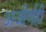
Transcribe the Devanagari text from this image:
अजीर्णही